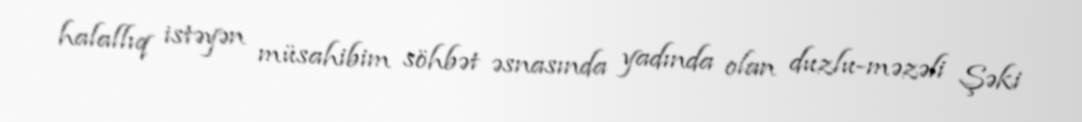
halallıq istəyən müsahibim söhbət əsnasında yadında olan duzlu-məzəli Şəki